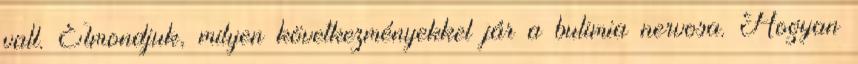
vall. Elmondjuk, milyen következményekkel jár a bulimia nervosa. Hogyan